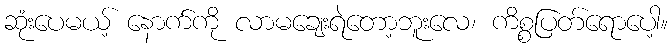
ဆုံးပေမယ့် နောက်ကို လာမချေးရဲတော့ဘူးလေ၊ ကိစ္စပြတ်ရောပေါ့။